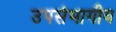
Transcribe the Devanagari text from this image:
उपसंभागीय